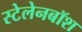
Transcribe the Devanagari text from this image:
स्टेलेनबॉश